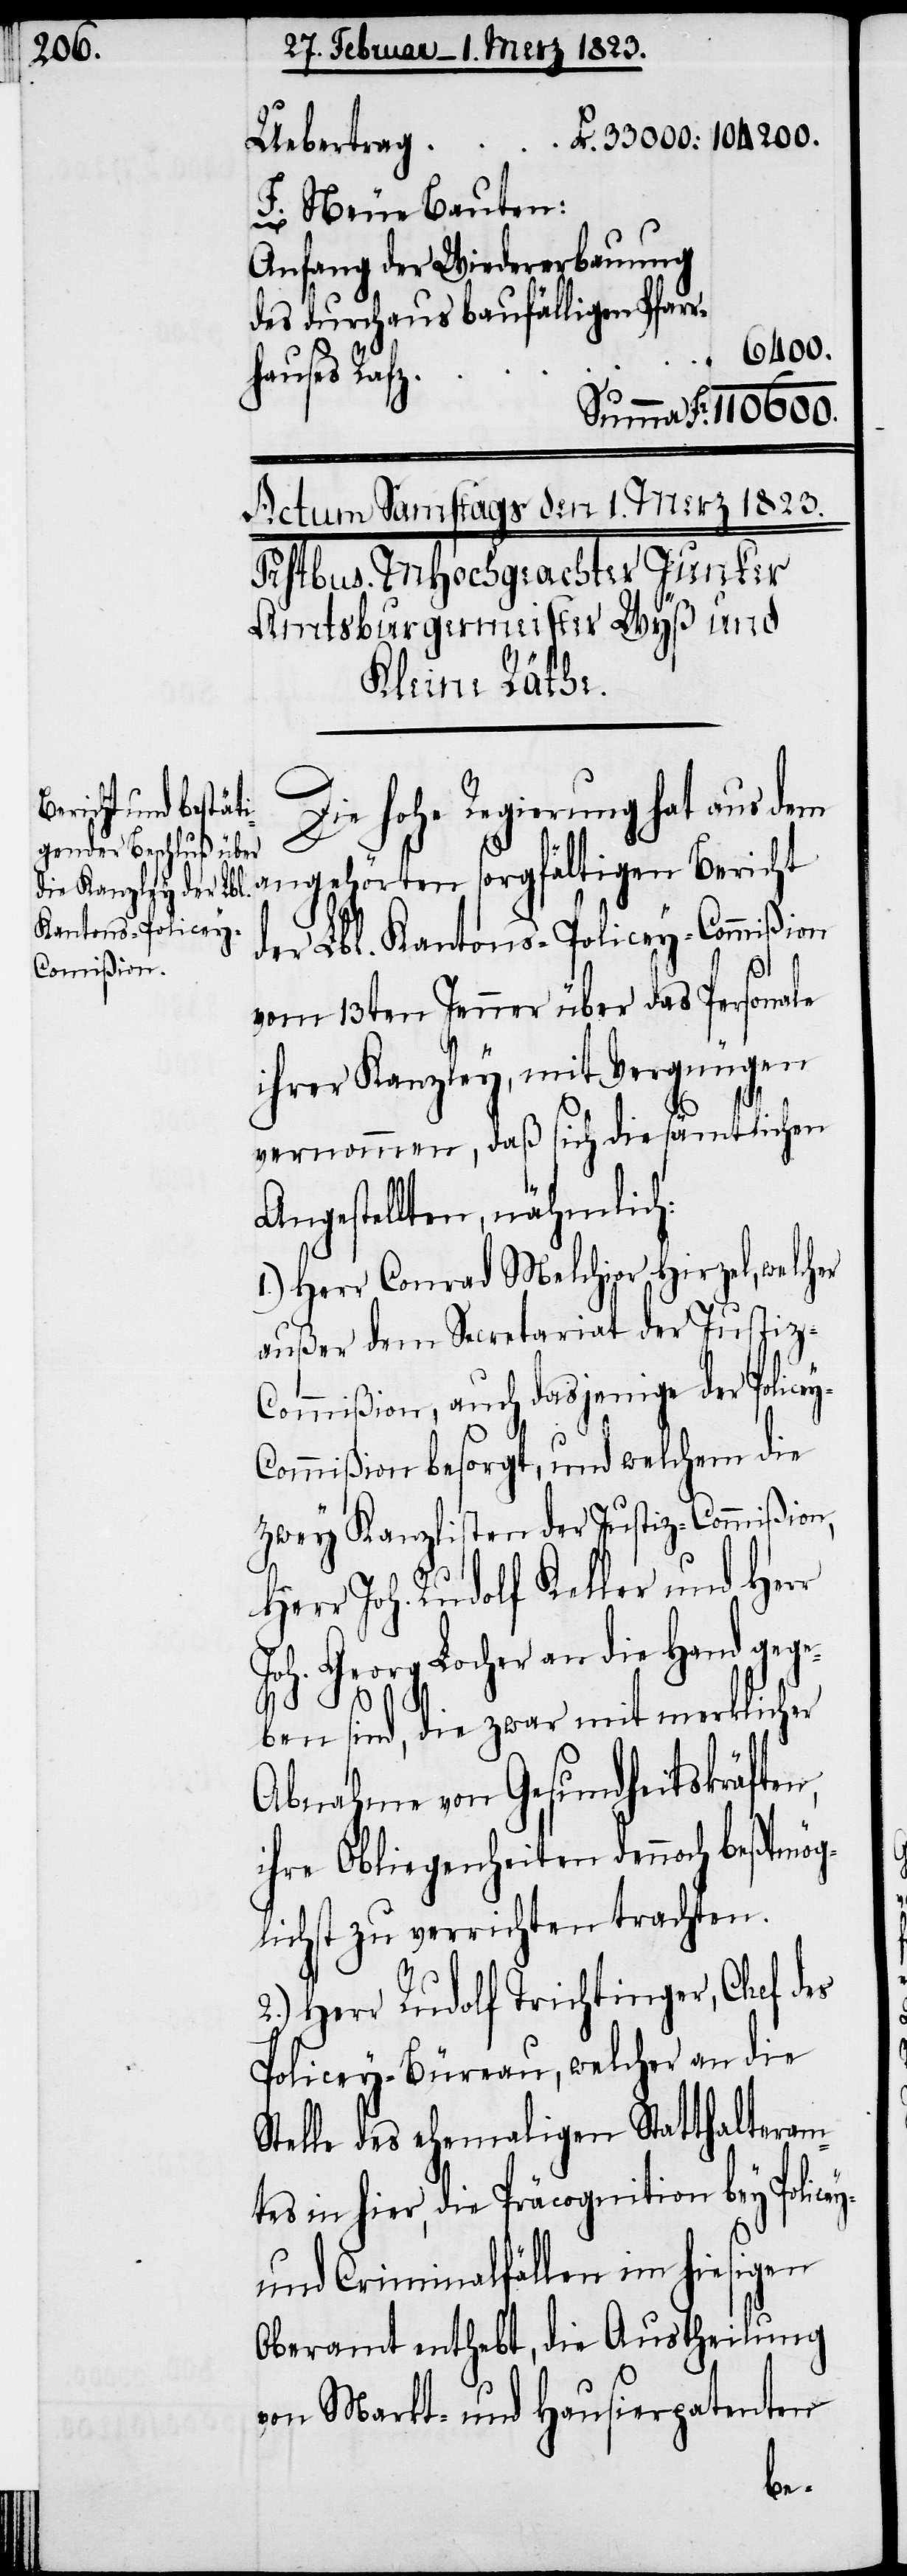
F. Neue Bauten:
Anfang der Wiedererbauung
des durchaus baufälligen Pfarr¬
110600.
„
hauses Rafz
Die hohe Regierung hat aus dem
der Lbl. Kantons-Policey-Commißion
vom 13ten Jenner über das Personale
ihrer Kanzley, mit Vergnügen
vernommen, daß sich die sämtlichen
Angestellten, nähmlich:
1.) Herr Conrad Melchior Hirzel, welcher
außer dem Secretariat der Justiz-C¬
ommißion, auch dasjenige der Police¬
ommißion besorgt, und welchem die
zwey Kanzlisten der Justiz-Commißion,
Herr Joh. Rudolf Keller und Herr
Joh. Georg Locher an die Hand gege¬
y-
ben sind, die zwar mit merklicher
Abnahme von Gesundheitskräften,
ihre Obliegenheiten dennoch beßtmög¬
lichst zu verrichten trachten.
2.) Herr Rudolf Trichtinger, Chef des
Policey-Büreau, welcher an die
Stelle des ehemaligen Statthalteram¬
tes in hier, die Präcognition bey Police¬
und Criminalfällen im hiesigen
Oberamt enthebt, die Austheilung
von Markt- und Hausierpatenten
y-C¬